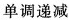
单调递减